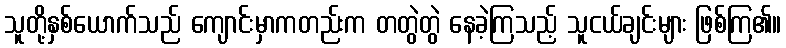
သူတို့နှစ်ယောက်သည် ကျောင်းမှာကတည်းက တတွဲတွဲ နေခဲ့ကြသည့် သူငယ်ချင်းများ ဖြစ်ကြ၏။